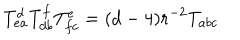
T _ { e a } ^ { d } T _ { d b } ^ { f } T _ { f c } ^ { e } = ( d - 4 ) r ^ { - 2 } T _ { a b c . }